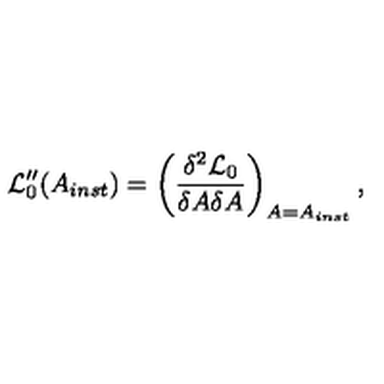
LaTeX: { \cal L } _ { 0 } ^ { \prime \prime } ( A _ { i n s t } ) = \left( \frac { \delta ^ { 2 } { \cal L } _ { 0 } } { \delta A \delta A } \right) _ { A = A _ { i n s t } } ,